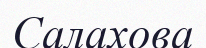
Салахова